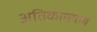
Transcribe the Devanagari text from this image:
अतिकामयाब